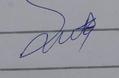
Signature authenticity: genuine